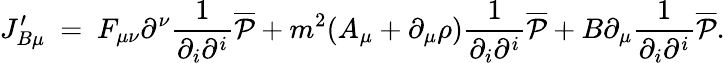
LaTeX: J_{B\mu}^{\prime}~=~F_{\mu\nu}\partial^{\nu}\frac{1}{\partial_{i}\partial^{i}}{\overline{{{\cal P}}}}+m^{2}(A_{\mu}+\partial_{\mu}\rho)\frac{1}{\partial_{i}\partial^{i}}{\overline{{{\cal P}}}}+B\partial_{\mu}\frac{1}{\partial_{i}\partial^{i}}{\overline{{{\cal P}}}}.